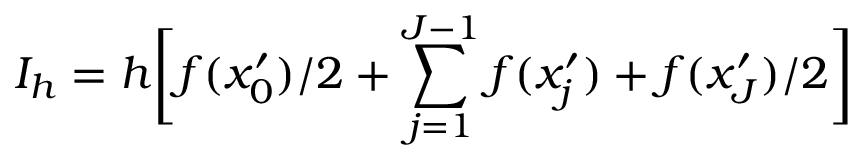
I _ { h } = h \bigg [ f ( x _ { 0 } ^ { \prime } ) / 2 + \sum _ { j = 1 } ^ { J - 1 } f ( x _ { j } ^ { \prime } ) + f ( x _ { J } ^ { \prime } ) / 2 \bigg ]